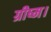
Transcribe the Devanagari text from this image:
ग्रीष्म।